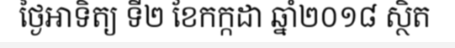
ថ្ងៃអាទិត្យ ទី២ ខែកក្កដា ឆ្នាំ២០១៨ ស្ថិត